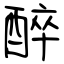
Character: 醉